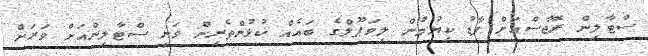
ސްޓާލިން ރޮޖާސްއަށް ފާޑު ކިޔުމުން ލިވަޕޫލްގެ ބައެއް ކުޅުންތެރިން ވަނީ ސްޓާލިންއަށް ވަރަށް